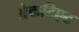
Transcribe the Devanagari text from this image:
ब्रेकटिएट